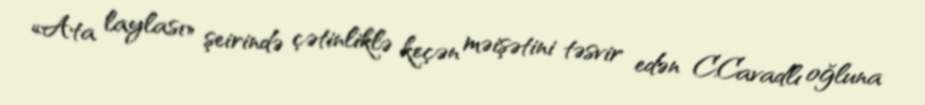
«Ata laylası» şeirində çətinliklə keçən məişətini təsvir edən C.Cavadlı oğluna